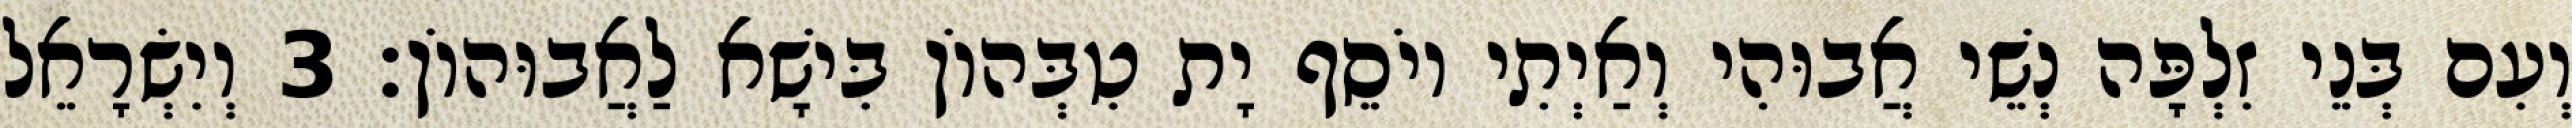
וְעִם בְּנֵי זִלְפָּה נְשֵׁי אֲבוּהִי וְאַיְתִי יוֹסֵף יָת טִבְּהוֹן בִּישָׁא לַאֲבוּהוֹן׃ 3 וְיִשְׂרָאֵל